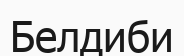
Белдиби